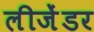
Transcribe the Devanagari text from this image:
लीजेंडर